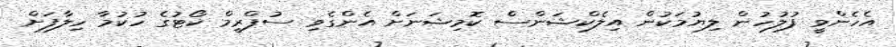
އެހެންވީ ފުލުހުން ލިޔުމަކުން އިލެކްޝަންސް ކޮމިޝަނަށް އެންގެވި ސުޕްރީމް ކޯޓުގެ ހުކުމާ ހިލާފަށް